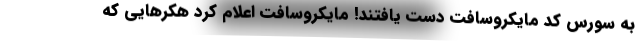
به سورس کد مایکروسافت دست یافتند! مایکروسافت اعلام کرد هکرهایی که